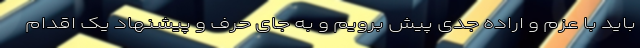
باید با عزم و اراده جدی پیش برویم و به جای حرف و پیشنهاد یک اقدام